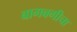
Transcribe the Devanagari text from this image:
बागबगीचा